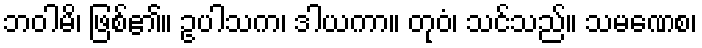
ဘဝါမိ၊ ဖြစ်၏။ ဥပါသက၊ ဒါယကာ။ တုဝံ၊ သင်သည်။ သမဏေစ၊